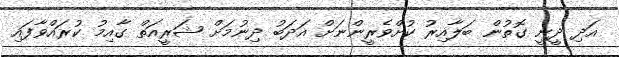
އަދި ދީނީ ގޮތުން ބަލާއިރު ކުށްވެރީންނަށް އަދަބު ދިނުމަށް ޝަރީއަތް ގާއިމު ކުރައްވާފައި